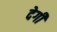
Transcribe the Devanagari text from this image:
देगीं